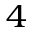
^ 4